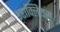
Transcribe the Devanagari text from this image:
इराक्लियस